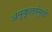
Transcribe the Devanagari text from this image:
अनुकूलतेमुळे